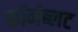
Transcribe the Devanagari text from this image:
कॉर्नब्लट